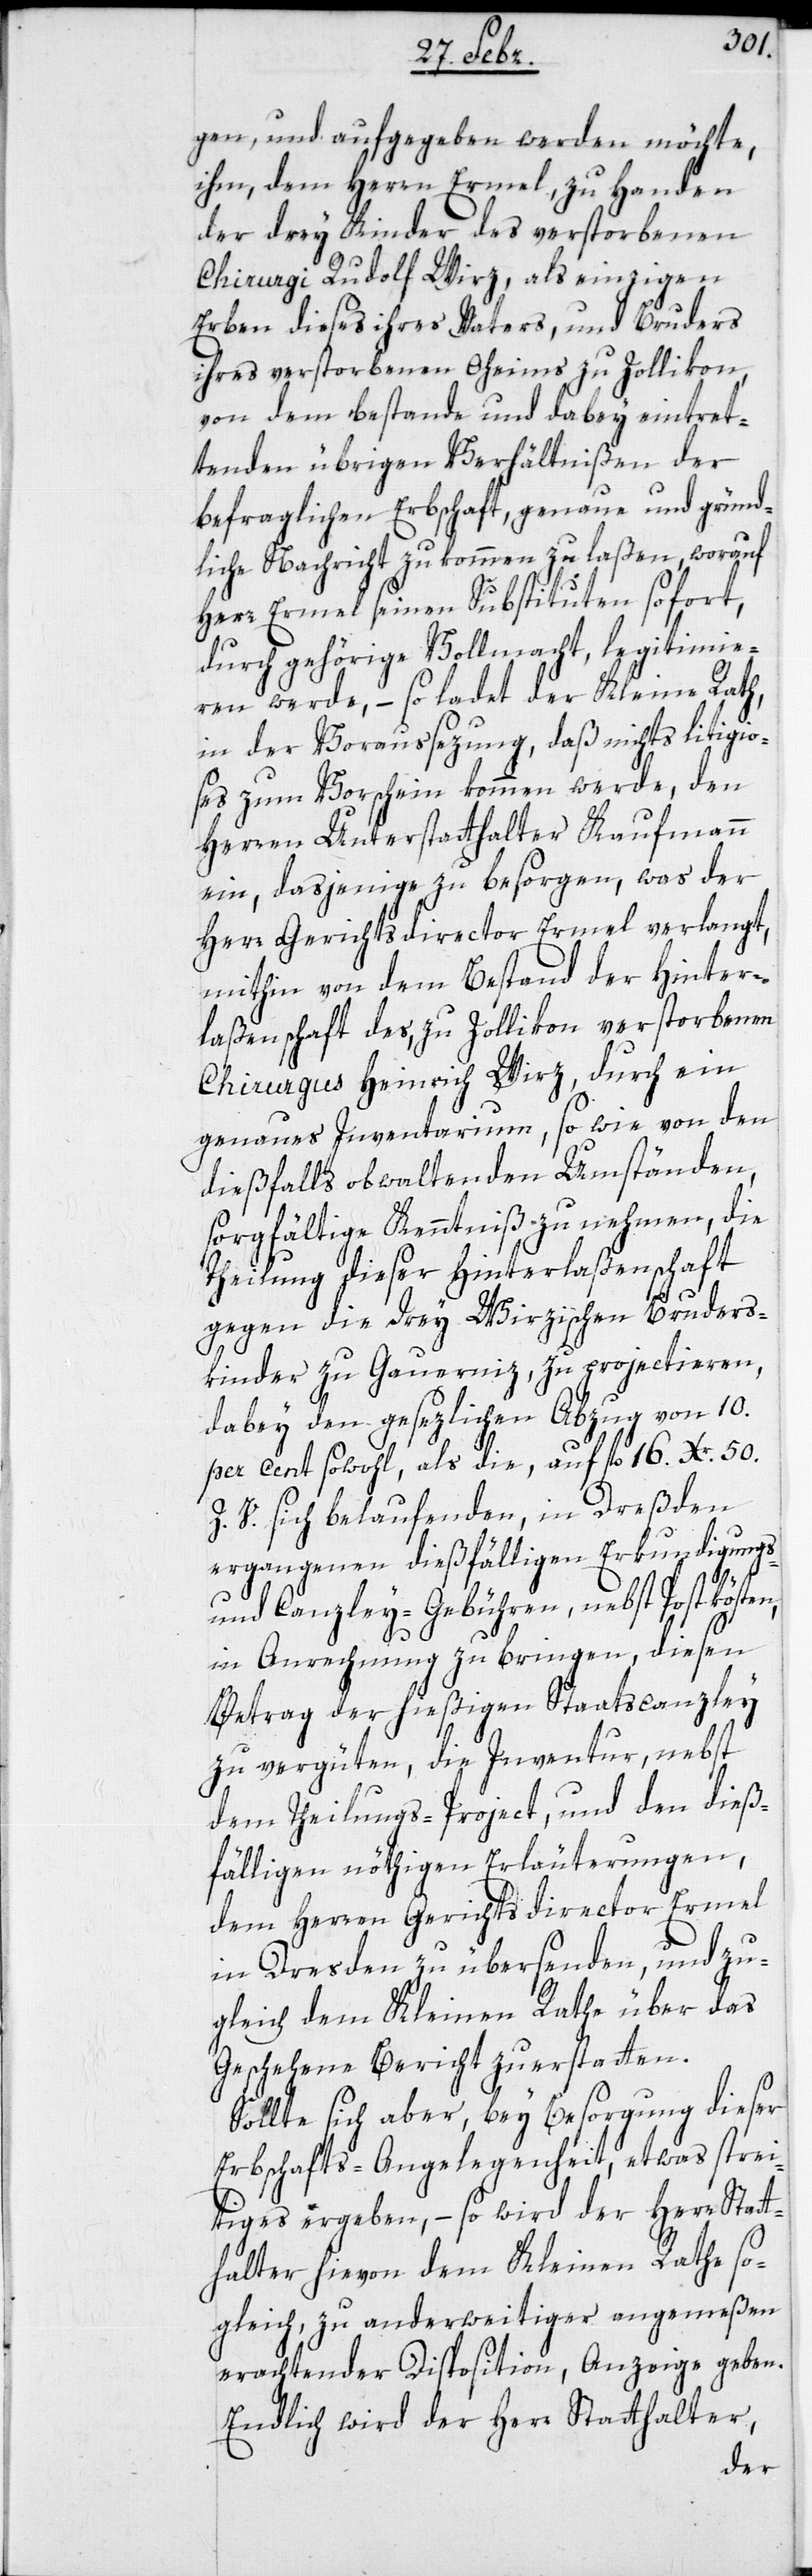
gen, und aufgegeben werden möchte,
ihm, dem Herrn Ermel, zu Handen
der drey Kinder des verstorbenen
Chirugi Rudolf Wirz, als einzigen
Erben dieses ihres Vaters, und Bruders
ihres verstorbenen Oheims zu Zollikon,
von dem Bestande und dabey eintret¬
tenden übrigen Verhältnißen der
befraglichen Erbschaft, genaue und gründ¬
liche Nachricht zukommen zu laßen, worauf
Herr Ermel seinen Substituten sofort,
durch gehörige Vollmacht, legitimie¬
ren werde, – so ladet der Kleine Rath,
in der Voraussezung, daß nichts litigio¬
ses zum Vorschein kommen werde, den
Herren Unterstatthalter Kaufmann
ein, dasjenige zu besorgen, was der
Herr Gerichtsdirector Ermel verlangt,
mithin von dem Bestand der Hinter¬
laßenschaft des, zu Zollikon verstorbenen
Chirurgus Heinrich Wirz, durch ein
genaues Inventarium, sowie von den
dießfalls obwaltenden Umständen,
sorgfältige Kenntniß zu nehmen, die
Theilung dieser Hinterlaßenschaft
gegen die drey Wirzischen Bruders¬
kinder zu Gauerniz, zu projectieren,
dabey den gesezlichen Abzug von 10.
per Cent sowohl, als die, auf fl. 16. Xr. 50.
Z. V. sich belaufenden, in Dreßden
ergangenen dießfälligen Erkundigungs-
und Canzley-Gebühren, nebst Postkösten,
in Anrechnung zu bringen, diesen
Betrag der hießigen Staatscanzley
zu vergüten, die Inventur, nebst
dem Theilungs-Project, und den dieß¬
fälligen nöthigen Erläuterungen,
dem Herren Gerichtsdirector Ermel
in Dresden zu übersenden, und zu¬
gleich dem Kleinen Rathe über das
Geschehene Bericht zu erstatten.
Sollte sich aber, bey Besorgung dieser
Erbschafts-Angelegenheit, etwas Strei¬
tiges ergeben, – so wird der Herr Statt¬
halter hievon dem kleinen Rathe so¬
gleich, zu anderweitiger angemeßen
erachtender Disposition, Anzeige geben.
Endlich wird der Herr Statthalter,